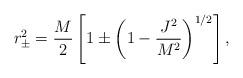
LaTeX: \begin{align*}r_\pm^2 = {M \over 2} \left[ 1 \pm \left( 1 - {J^2 \over M^2} \right)^{1/2} \right],\end{align*}